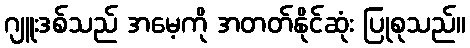
ဂျူးဒစ်သည် အမေ့ကို အတတ်နိုင်ဆုံး ပြုစုသည်။